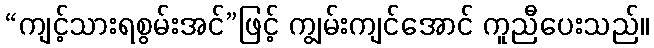
“ကျင့်သားရစွမ်းအင်”ဖြင့် ကျွမ်းကျင်အောင် ကူညီပေးသည်။